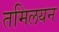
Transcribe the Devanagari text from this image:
तमिलयन